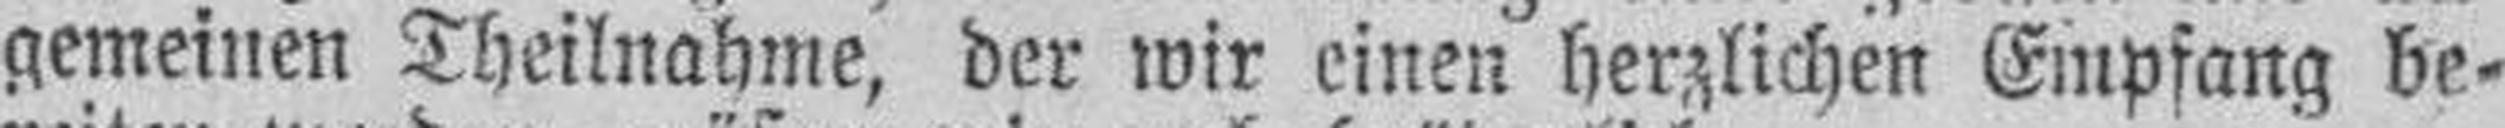
gemeinen Theilnahme, der wir einen herzlichen Empfang be¬